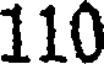
110